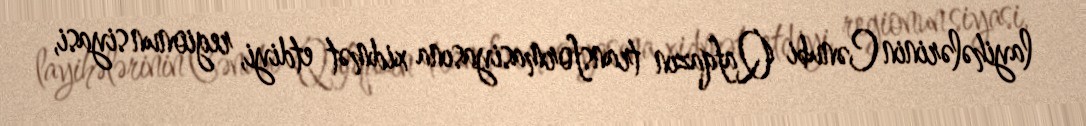
layihələrinin Cənubi Qafqazın transformasiyasına xidmət etdiyi, regionun siyasi,